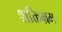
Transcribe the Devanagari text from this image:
शक्तिभ्रम